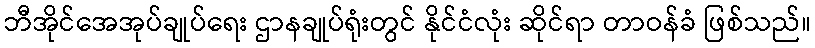
ဘီအိုင်အေအုပ်ချုပ်ရေး ဌာနချုပ်ရုံးတွင် နိုင်ငံလုံး ဆိုင်ရာ တာဝန်ခံ ဖြစ်သည်။